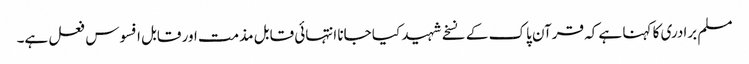
مسلم برادری کا کہنا ہے کہ قرآن پاک کے نسخے شہید کیا جانا انتہائی قابل مذمت اور قابل افسوس فعل ہے۔